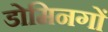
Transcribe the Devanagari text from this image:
डोमिनगों